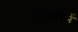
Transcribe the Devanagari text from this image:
दोस्तोमें